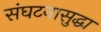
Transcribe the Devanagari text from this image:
संघटनासुद्धा